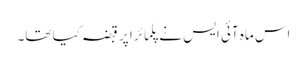
اس ماہ آئی ایس نے پلمائرا پر قبضہ کیا تھا۔